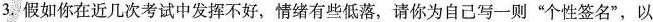
3.假如你在近几次考试中发挥不好，情绪有些低落，请你为自己写一则”个性签名”，以